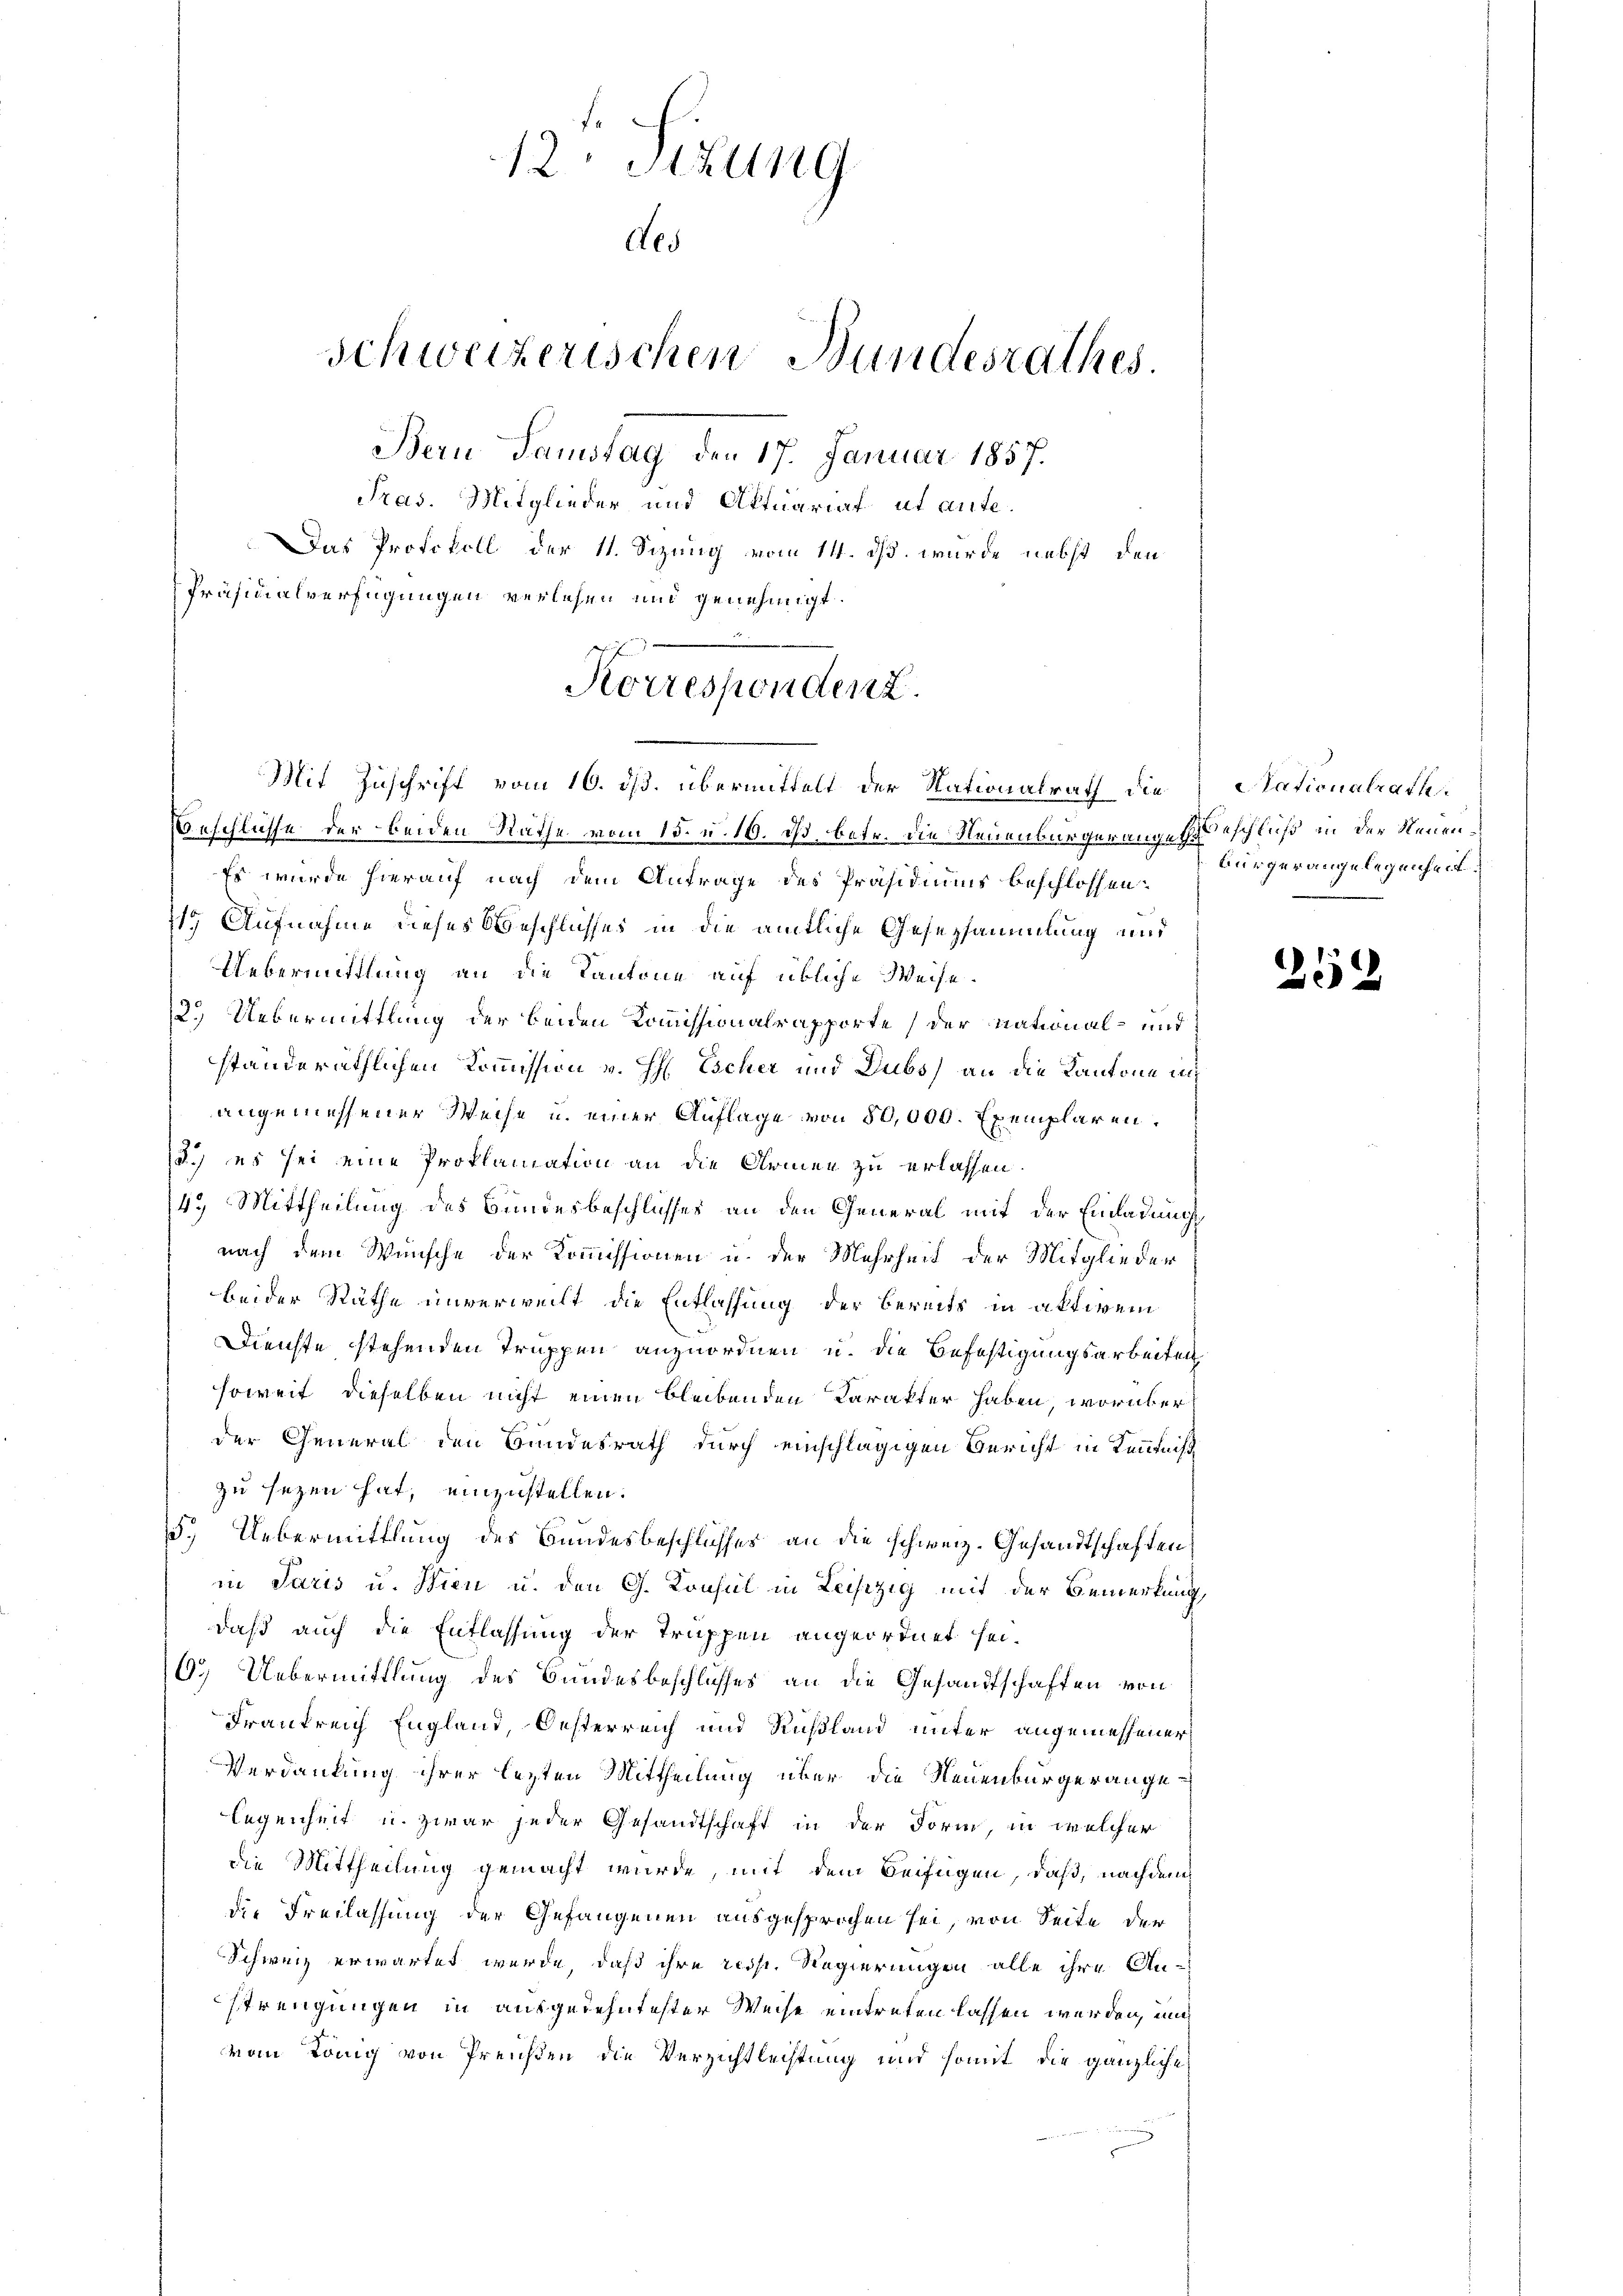
12: Sizung
Aes
Schweizerischen Bundesrathes.
Bern Samstag den 17. Januar 1857.
Tras. Mitglieder und Aktuariat ut anfe¬
Das Protokoll der 11. Sizung vom 14. ds. wurde nebst den
Präsidialverfügungen verlesen und genehmigt.

Korrespondenz.
Mit Zuschrift vom 16. ds. übermittelt der Nationalrath die Nationalrath

Beschlüsse der beiden Räthe vom 15. u. 10. ds. betr. die Neuenburgerangen Beschluß in der Neuen¬
Es wurde hierauf nach dem Antrage des Präsidiums beschlossen:
11. Aufnahme dieses Beschlusses in die amtliche Gesezsammlung und
Uebermittlung an die Kantone auf übliche Weise.
2.) Uebermittlung der beiden Kommissionalrapporte (der National- und
ständeräthlichen Kommission v. H. Escher und Dubs, an die Kantone ich
angemessener Weise u. einer Auflage von 50,000. Exemplaren,
3.) es sei eine Proklamation an die Armen zu erlassen.
43 Mittheilung des Bundesbeschlusses an den General mit der Einladungsnach dem Wunsche der Kommissionen u. der Mehrheit der Mitglieder
beider Räthe unverweilt die Entlassung der bereits in aktivem
Dienste stehenden Truppen anzuordnen u. die Befestigungsarbeiten
soweit dieselben nicht einen bleibenden Karakter haben, worüber
der General den Bundesrath durch einschlägigen Bericht in Kenntniß
zu sezen hat, einzustellen.
.) Uebermittlung des Bundesbeschlusses an die schweiz. Gesandtschaften
in Paris u. Wien u. den G. Konsul in Leiszig mit der Bemerkung,
daß auch die Entlassung der Truppen angeordnet sei.
6.) Uebermittlung des Bundesbeschlusses an die Gesandtschaften von
Frankreich England, Oesterreich und Rußland unter angemessener
Verdankung ihrer lezten Mittheilung über die Neuenburgerange
legenheit u. zwar jeder Gesandtschaft in der Form, in welcher
die Mittheilung gemacht wurde, mit dem Beifügen, daß, nachdem
die Freilassung der Gefangenen ausgesprochen sei, von Seite der
Schweiz erwartet wurde, daß ihre resp. Regierungen alle ihre Anstrengungen in ausgedehntester Weise eintreten lassen werden, und
vom König von Preisten die Verzichtleistung und somit die gänzliche

Bürger angelegenheit

252